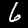
Digit: 6